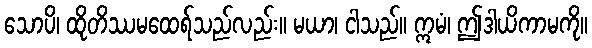
သောပိ၊ ထိုတိဿမထေရ်သည်လည်း။ မယာ၊ ငါသည်။ ဣမံ၊ ဤဒါယိကာမကို။